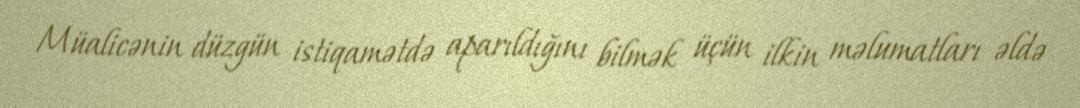
Müalicənin düzgün istiqamətdə aparıldığını bilmək üçün ilkin məlumatları əldə